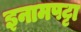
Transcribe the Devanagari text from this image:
इनामपट्टा